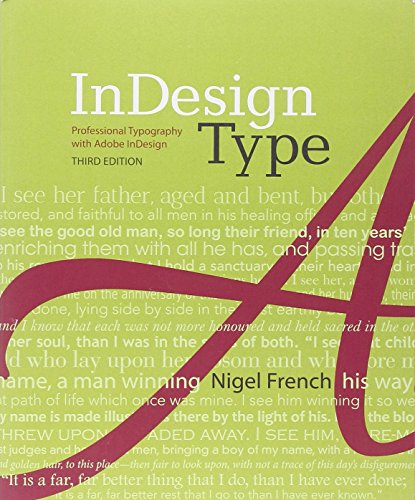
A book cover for InDesign Type: Professional Typography with Adobe InDesign (3rd Edition); Nigel French; Computers & Technology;